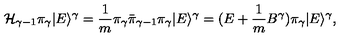
{ \mathcal { H } } _ { \gamma - 1 } \pi _ { \gamma } | E \rangle ^ { \gamma } = \frac { 1 } { m } \pi _ { \gamma } \bar { \pi } _ { \gamma - 1 } \pi _ { \gamma } | E \rangle ^ { \gamma } = ( E + \frac { 1 } { m } B ^ { \gamma } ) \pi _ { \gamma } | E \rangle ^ { \gamma } ,